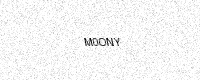
Text: M0ONY